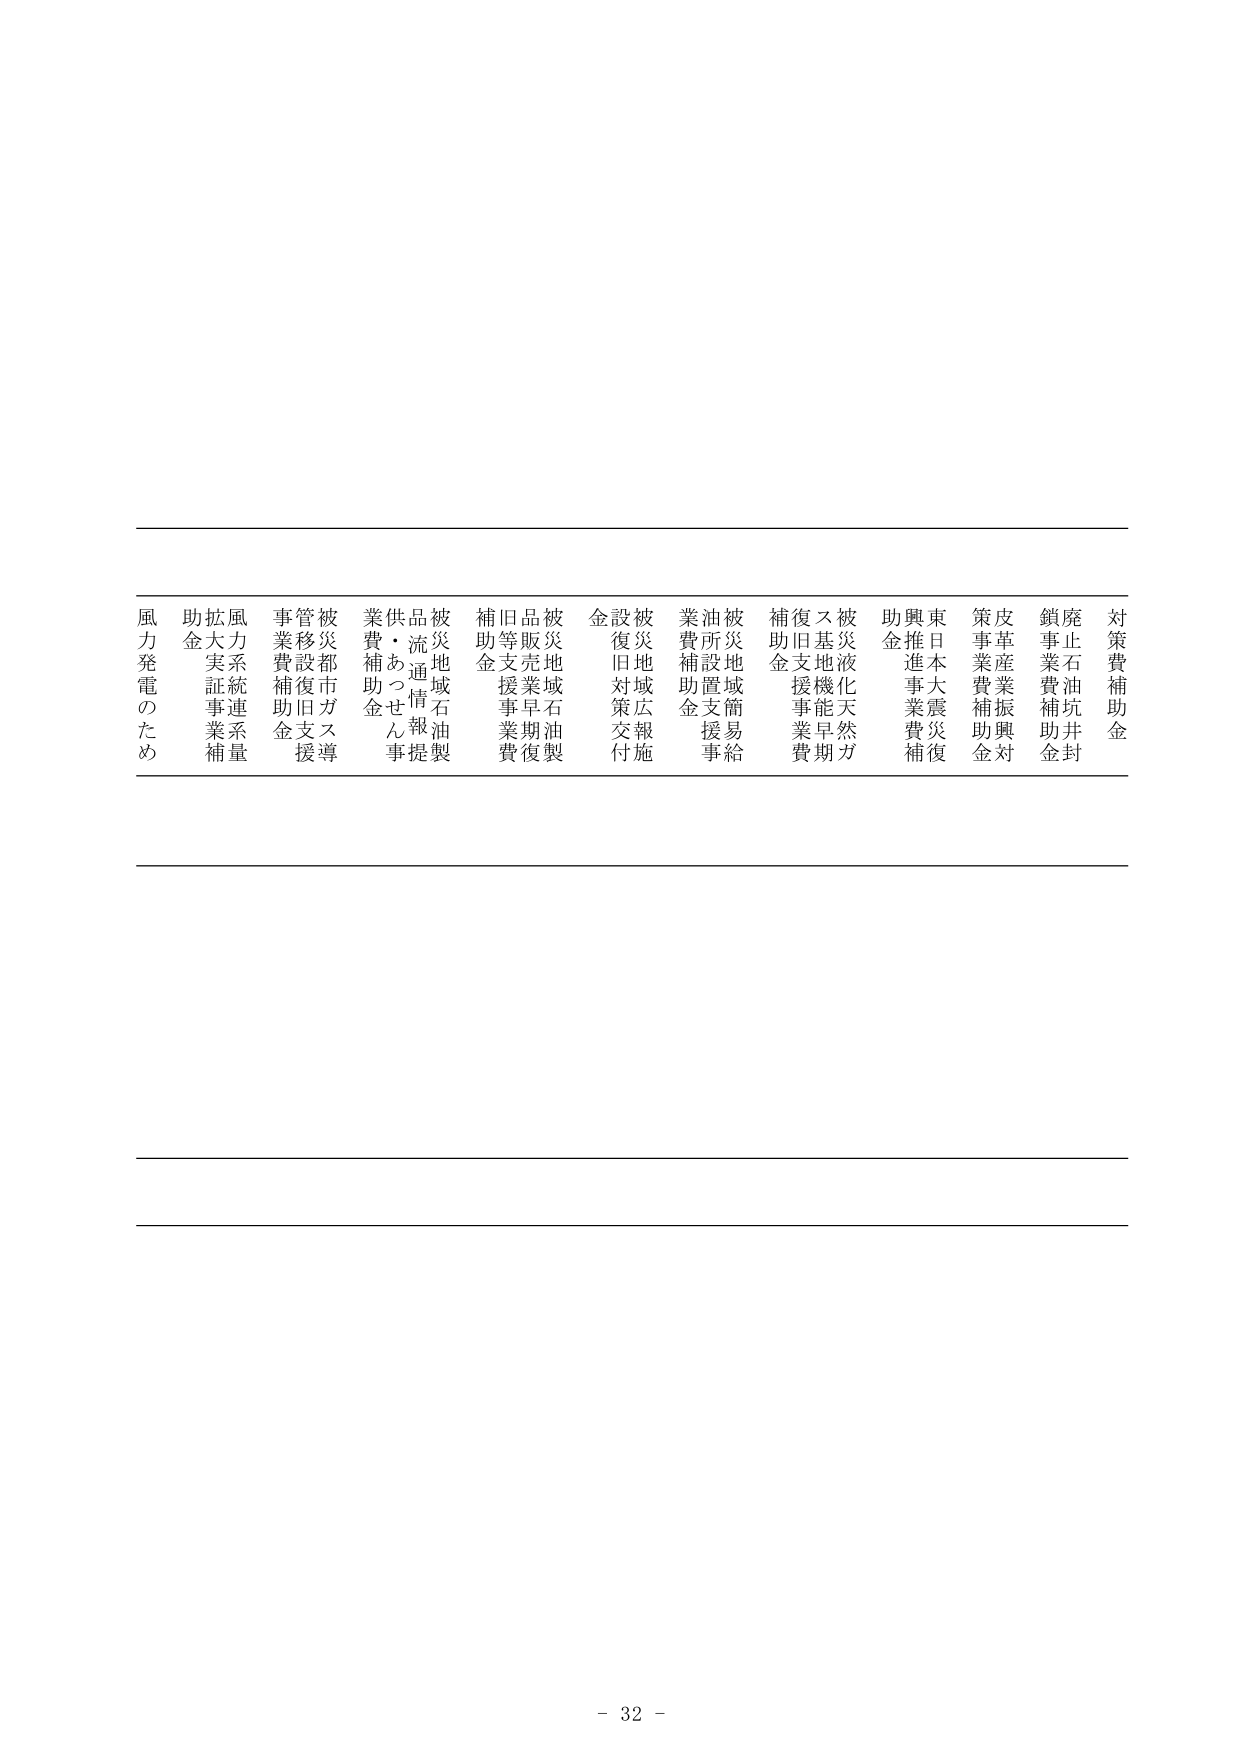
対策費補助金
廃止石油坑井封鎖事業費補助金
皮革産業振興対策事業費補助金
東日本大震災復興推進事業費補助金
被災液化天然ガス基地機能早期復旧支援事業費補助金
被災地域簡易給油所設置支援事業費補助金
被災地域広報施策復旧対策交付金
被災地域石油製品流通情報提供・あっせん事業費補助金
被災都市ガス導管移設復旧支援事業費補助金
風力系統連系量拡大実証事業補助金
風力発電のため
- 32 -